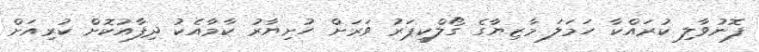
ފޮނުވާލި ކުރައްކާ ހަމަލަ މާޒިޔާގެ ގޯލްކީޕަރު ވަރަށް ހުށިޔާރު ކާމާއެކު ދިފާއުކޮށް ކުރިއަށް